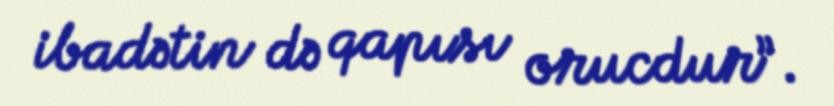
ibadətin də qapısı orucdur”.